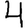
Digit: 4